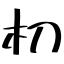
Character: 朷